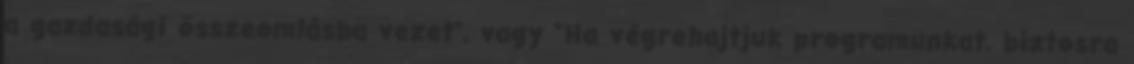
a gazdasági összeomlásba vezet", vagy "Ha végrehajtjuk programunkat, biztosra